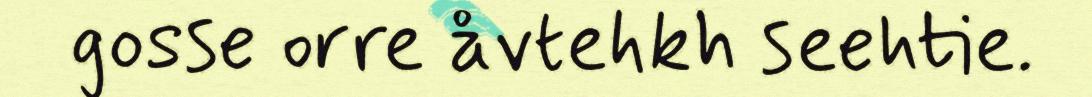
gosse orre åvtehkh seehtie.